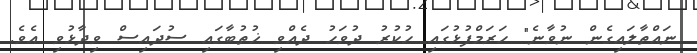
ނައްތާލައިގެން ނުވާނެ" ހަރަމްފުޅުގައި ހުކުރު ދުވަހު ދެއްވި ޚުތުބާގައި ސުދައިސް ވިދާޅުވި އެވެ.